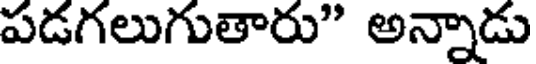
పడగలుగుతారు" అన్నాడు